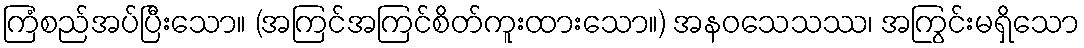
ကြံစည်အပ်ပြီးသော။ (အကြင်အကြင်စိတ်ကူးထားသော။) အနဝသေသဿ၊ အကြွင်းမရှိသော